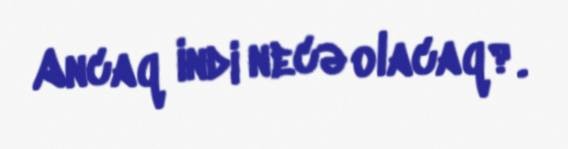
Ancaq indi necə olacaq?.